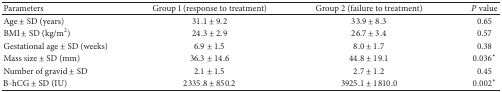
<table><thead><tr><td><b>Parameters</b></td><td><b>Group 1 (response to treatment)</b></td><td><b>Group 2 (failure to treatment)</b></td><td><b><i>P</i> value</b></td></tr></thead><tbody><tr><td>Age ± SD (years)</td><td>31.1 ± 9.2</td><td>33.9 ± 8.3</td><td>0.65</td></tr><tr><td>BMI ± SD (kg/m<sup>2</sup>)</td><td>24.3 ± 2.9</td><td>26.7 ± 3.4</td><td>0.57</td></tr><tr><td>Gestational age ± SD (weeks)</td><td>6.9 ± 1.5</td><td>8.0 ± 1.7</td><td>0.38</td></tr><tr><td>Mass size ± SD (mm)</td><td>36.3 ± 14.6</td><td>44.8 ± 19.1</td><td>0.036*</td></tr><tr><td>Number of gravid ± SD</td><td>2.1 ± 1.5</td><td>2.7 ± 1.2</td><td>0.45</td></tr><tr><td><i>Β</i>-hCG ± SD (IU)</td><td>2335.8 ± 850.2</td><td>3925.1 ± 1810.0</td><td>0.002*</td></tr></tbody></table>